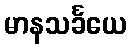
မာနသင်္ခယေ